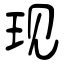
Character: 现